Scottish Leaving Certificate Examination, 1955
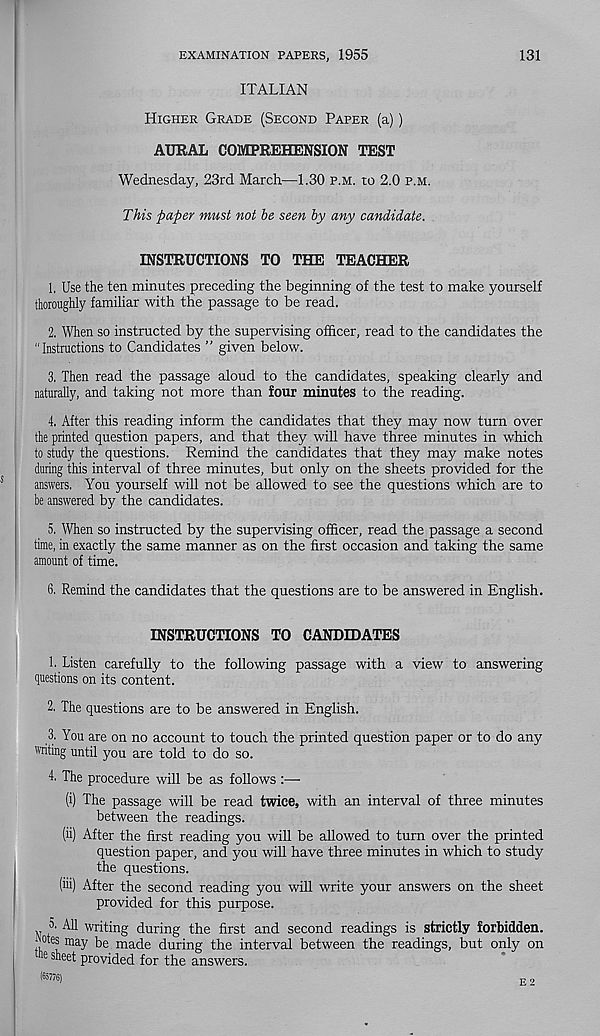
EXAMINATION PAPERS, 1955
131
ITALIAN
Higher Grade (Second Paper (a))
AURAL COMPREHENSION TEST
Wednesday, 23rd March—1.30 p.m. to 2.0 p.m.
This paper must not be seen by any candidate.
INSTRUCTIONS TO THE TEACHER
1. Use the ten minutes preceding the beginning of the test to make yourself
thoroughly familiar with the passage to be read.
2. When so instructed by the supervising officer, read to the candidates the
“Instructions to Candidates ” given below.
3. Then read the passage aloud to the candidates, speaking clearly and
naturally, and taking not more than four minutes to the reading.
4. After this reading inform the candidates that they may now turn over
the printed question papers, and that they will have three minutes in which
to study the questions. Remind the candidates that they may make notes
during this interval of three minutes, but only on the sheets provided for the
answers. You yourself will not be allowed to see the questions which are to
be answered by the candidates.
5. When so instructed by the supervising officer, read the passage a second
time, in exactly the same manner as on the first occasion and taking the same
amount of time.
6. Remind the candidates that the questions are to be answered in English.
INSTRUCTIONS TO CANDIDATES
!• Listen carefully to the following passage with a view to answering
questions on its content.
2. The questions are to be answered in English.
3. You are on no account to touch the printed question paper or to do any
'vriting until you are told to do so.
4. The procedure will be as follows :—•
(i) The passage will be read twice, with an interval of three minutes
between the readings.
(ii) After the first reading you will be allowed to turn over the printed
question paper, and you will have three minutes in which to study
the questions.
(hi) After the second reading you will write your answers on the sheet
provided for this purpose.
5. All writing during the first and second readings is strictly forbidden,
j
may be made during the interval between the readings, but only on
e s a ee t provided for the answers.
(65776)